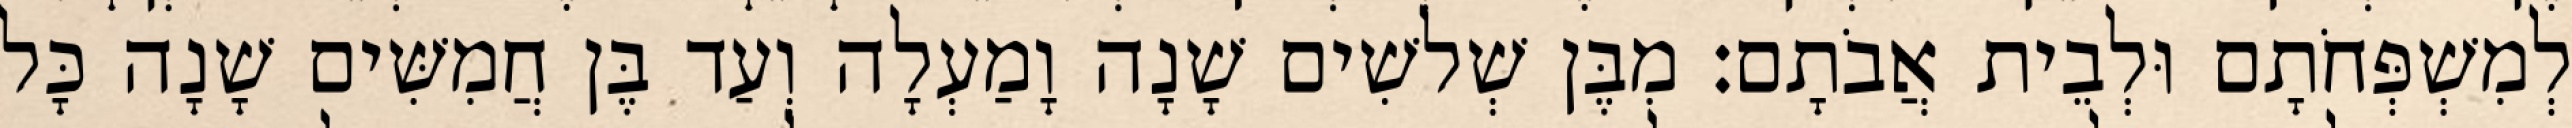
לְמִשְׁפְּחֹתָם וּלְבֵית אֲבֹתָם׃ מִבֶּן שְׁלשִׁים שָׁנָה וָמַעְלָה וְעַד בֶּן חֲמִשִּׁים שָׁנָה כָּל